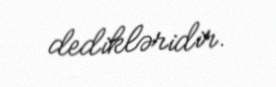
dedikləridir.